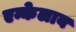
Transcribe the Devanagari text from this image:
एन्केलाब